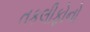
તકલીફોનો